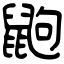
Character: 鼩